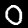
Label: 0